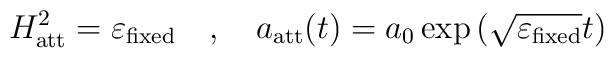
H_{\rm att}^2=\varepsilon_{\rm fixed}\quad ,\quad  a_{\rm att}(t)=a_{0}\exp\left(\sqrt{\varepsilon_{\rm fixed}}t\right)